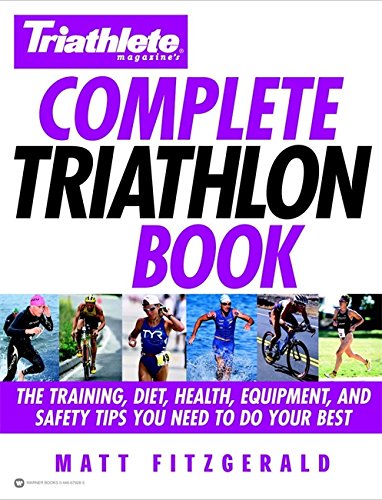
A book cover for Triathlete Magazine's Complete Triathlon Book: The Training, Diet, Health, Equipment, and Safety Tips You Need to Do Your Best; Matt Fitzgerald; Health, Fitness & Dieting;